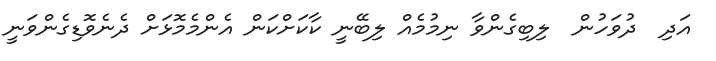
އަދި  ދުވަހުން  ލިބިގެންވާ ނިމުމެއް ލިބޭނީ ކާކަށްކަން އެންމެމޮޅަށް ދެނެވޮޑިގެންވަނީ